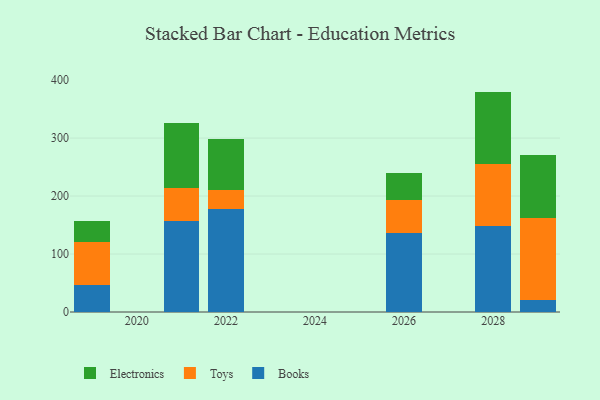
{"axis": {"x": "Year", "y": "LTV (USD)"}, "legend": ["Books", "Electronics", "Toys"], "data": [{"x": "2019", "y": 47.1, "type": "Books"}, {"x": "2019", "y": 73.0, "type": "Toys"}, {"x": "2019", "y": 37.3, "type": "Electronics"}, {"x": "2021", "y": 157.1, "type": "Books"}, {"x": "2021", "y": 56.2, "type": "Toys"}, {"x": "2021", "y": 111.9, "type": "Electronics"}, {"x": "2026", "y": 135.6, "type": "Books"}, {"x": "2026", "y": 58.4, "type": "Toys"}, {"x": "2026", "y": 45.1, "type": "Electronics"}, {"x": "2029", "y": 21.1, "type": "Books"}, {"x": "2029", "y": 141.0, "type": "Toys"}, {"x": "2029", "y": 109.4, "type": "Electronics"}, {"x": "2022", "y": 177.8, "type": "Books"}, {"x": "2022", "y": 32.4, "type": "Toys"}, {"x": "2022", "y": 88.1, "type": "Electronics"}, {"x": "2028", "y": 148.6, "type": "Books"}, {"x": "2028", "y": 105.9, "type": "Toys"}, {"x": "2028", "y": 125.6, "type": "Electronics"}]}